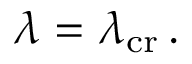
\lambda = \lambda _ { \mathrm { c r } } \, .